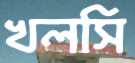
খলসি